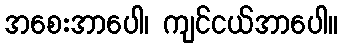
အစေးအာပေါ၊ ကျင်ငယ်အာပေါ။